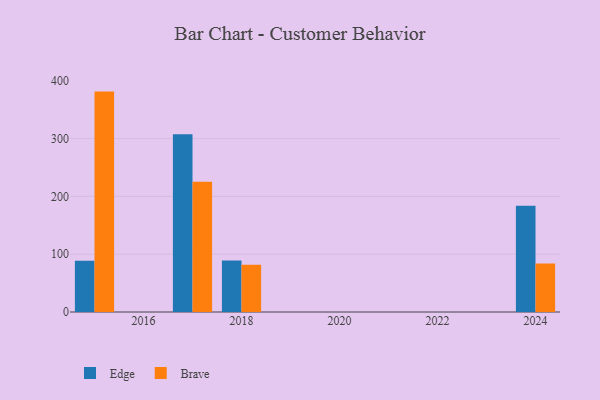
{"axis": {"x": "Year", "y": "Budget (USD K)"}, "legend": ["Brave", "Edge"], "data": [{"x": "2018", "y": 88.9, "type": "Edge"}, {"x": "2018", "y": 81.9, "type": "Brave"}, {"x": "2017", "y": 307.6, "type": "Edge"}, {"x": "2017", "y": 225.4, "type": "Brave"}, {"x": "2024", "y": 184.0, "type": "Edge"}, {"x": "2024", "y": 84.1, "type": "Brave"}, {"x": "2015", "y": 88.6, "type": "Edge"}, {"x": "2015", "y": 381.3, "type": "Brave"}]}